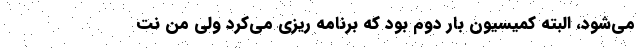
می‌شود، البته کمیسیون بار دوم بود که برنامه ریزی می‌کرد ولی من نت